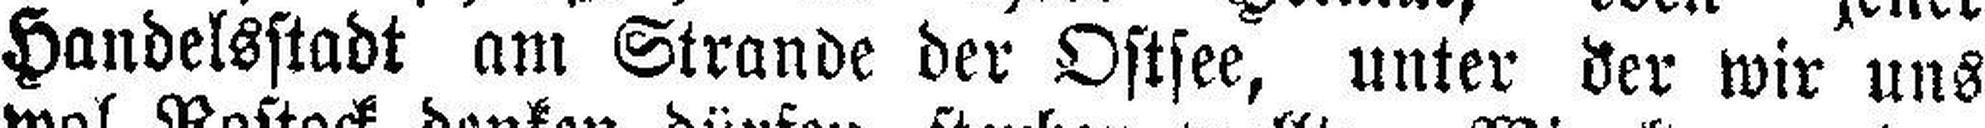
Handelsstadt am Strande der Ostsee, unter der wir uns